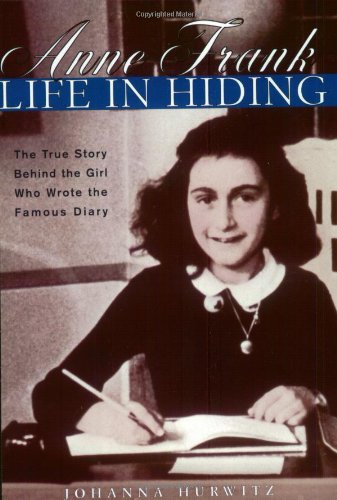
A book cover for Anne Frank: Life in Hiding; Johanna Hurwitz; Children's Books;